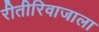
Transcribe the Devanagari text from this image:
रीतीरिवाजाला